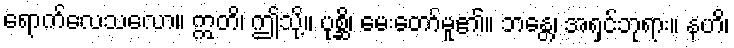
ရောက်လေသလော။ ဣတိ၊ ဤသို့။ ပုစ္ဆိ၊ မေးတော်မူ၏။ ဘန္တေ၊ အရှင်ဘုရား။ နဟိ၊